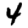
Digit: 4